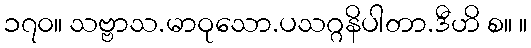
၁၇၀။ သဗ္ဗာသ.မာဝုသော.ပသဂ္ဂနိပါတာ.ဒီဟိ စ။ ။